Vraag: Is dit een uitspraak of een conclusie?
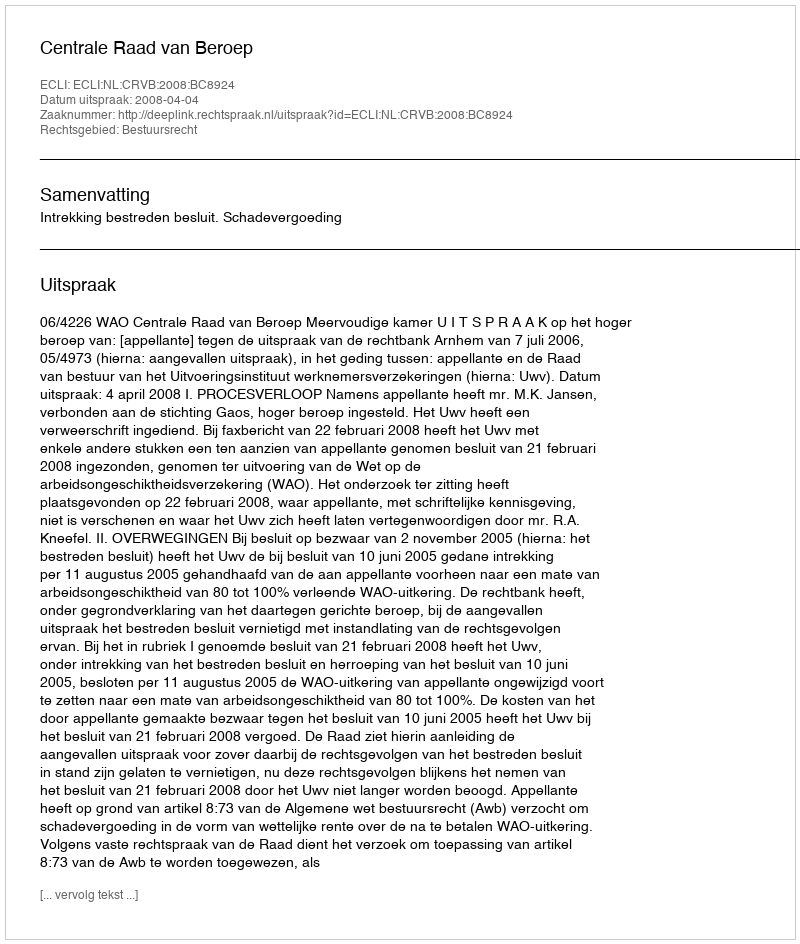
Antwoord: Uitspraak